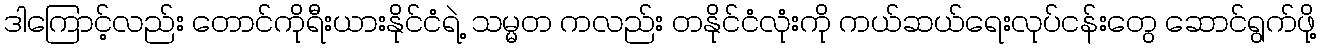
ဒါကြောင့်လည်း တောင်ကိုရီးယားနိုင်ငံရဲ့ သမ္မတ ကလည်း တနိုင်ငံလုံးကို ကယ်ဆယ်ရေးလုပ်ငန်းတွေ ဆောင်ရွက်ဖို့